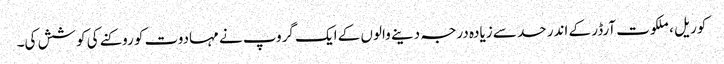
کوریل ، ملکوت آرڈر کے اندر حد سے زیادہ درجہ دینے والوں کے ایک گروپ نے مہادوت کو روکنے کی کوشش کی۔